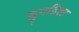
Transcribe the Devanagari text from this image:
ब्रुनहिल्ड